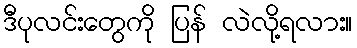
ဒီပုလင်းတွေကို ပြန် လဲလို့ရလား။